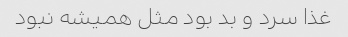
غذا سرد و بد بود مثل همیشه نبود